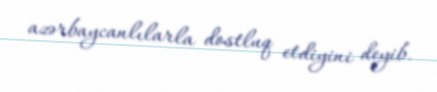
azərbaycanlılarla dostluq etdiyini deyib.